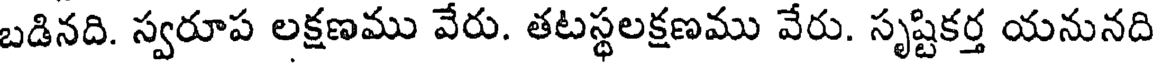
బడినది. స్వరూప లక్షణము వేరు. తటస్థలక్షణము వేరు. సృష్టికర్త యనునది